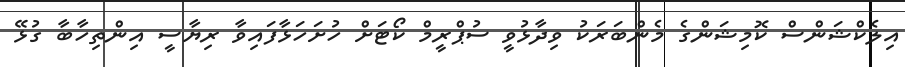
އިލެކްޝަންސް ކޮމިޝަންގެ މެންބަރަކު ވިދާޅުވީ ސުޕްރީމް ކޯޓަށް ހުށަހަޅާފައިވާ ރިޔާސީ އިންތިހާބާ ގުޅޭ